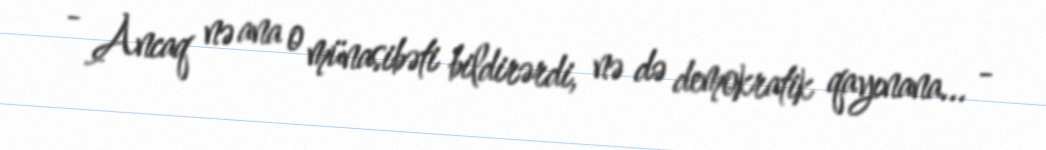
- Ancaq nə ana o münasibəti bildirərdi, nə də demokratik qayınana... -